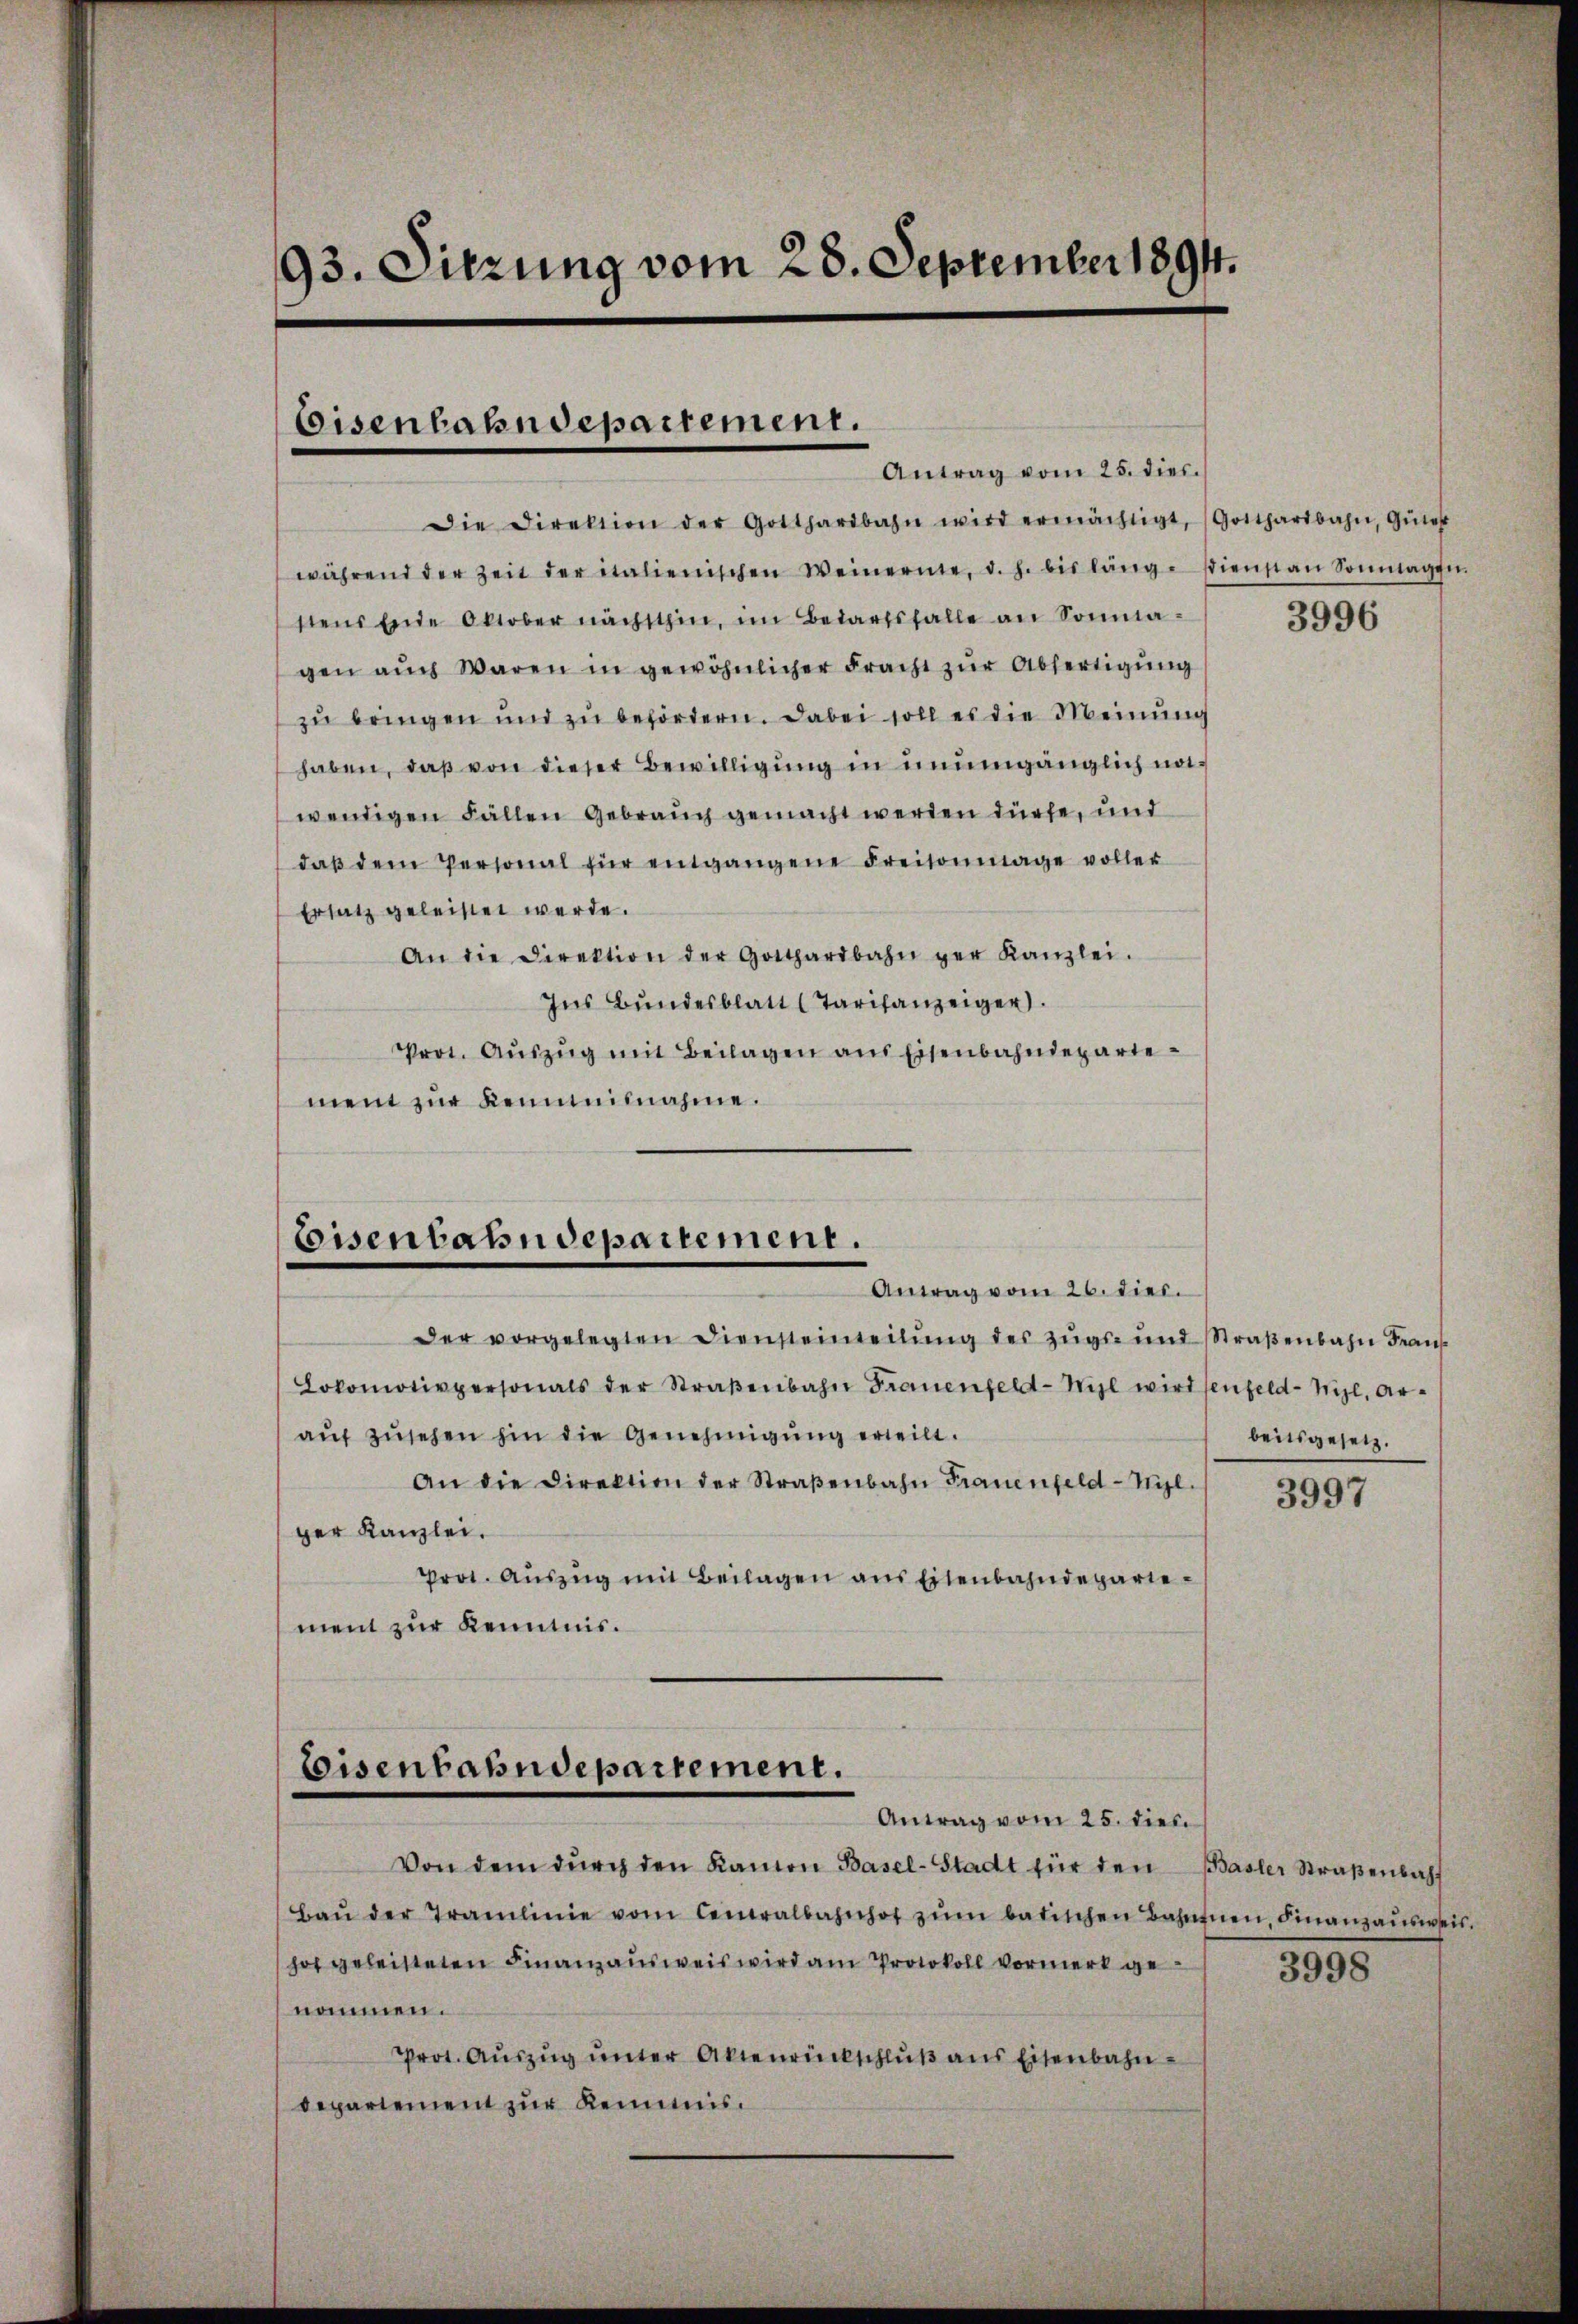
93. Sitzung vom 28. September 1894.

Die Direktion der Gotthardbahn wird ermächtigt, Gotthardbahn, Güter
während der Zeit der italienischen Weinernte, d. h. bis länge stienst an Sonntagen.
stens Einde Oktober nächsthin, im Bedarfsfalle an Sonntagen aŭch Waren in gewöhnlicher Fracht zur Abfertigung
zŭ bringen und zu behörtern. Dabei soll es die Meinung
haben, daß von dieser Bewilligung in unumgänglich nawendigen Fällen Gebrauch gemacht werden dürfe, und
daβ dem Personal für entgangene Freisonmage voller
Ersatz geleistet werde.
An die Direktion der Gotthardbahn ger Kanzlei.
Ins Bŭndesblatt (Tarifanzeiger
Prot. Aŭszŭg mit Beilagen aus Eisenbahndepartement zur Kennteilnahme.

Eisenhahndepartement.
Antrag vom 25. dies

Eisenbahndepartement.
Antrag vom 26. dies.

Eisenbahndepartement.
Antrag vom 25. dies

Der vorgelegten Diensteinteilung des Zugs- und Straβenbahn Fran
Lokomotivpersonals der Straβenbahn Frauenfeld-Nigl wird senfeld-Mizl, Ar-
auf zusehen hin die Genehmigung erteilt.
An die Direktion der Straβenbahn Frauenfeld-Mil
per Kanzlei.
Prot. Aŭszŭg mit Beilagen ans Eisenbahndeparie-
ment zur Kenntnis.

Von dem dŭrch den Kanton Basel-Stadt für den Basler Straβenbah
Baŭ der Tramlinie vom Centralbahnhof zŭm batischen Bahnfnen, Finanzausweis
hof geleisteten Finanzausweis wird am Protokoll vormerk ge
nommen.
Prot. Aŭszŭg ŭnter Aktenrückschlŭβ ans Eisenbahn-
departement zur Keimis¬

3996

beitsgesetz.

3997

3998